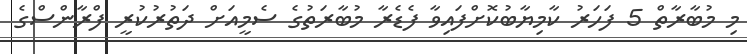
މި މުބާރާތް 5 ފަހަރު ކާމިޔާބުކޮށްފައިވާ ފެޑެރާ މުބާރަތުގެ ސެމީއަށް ދަތުރުކުރީ ފްރާންސްގެ